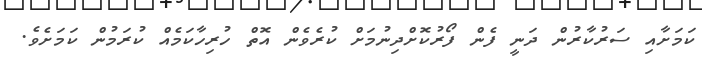
ކަމަށާއި ސަރުކާރުން ދަނީ ފެން ފޯރުކޮށްދިނުމަށް ކުރެވެން އޮތް ހުރިހާކަމެއް ކުރަމުން ކަމަށެވެ.